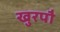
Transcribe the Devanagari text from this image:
खुरपौ